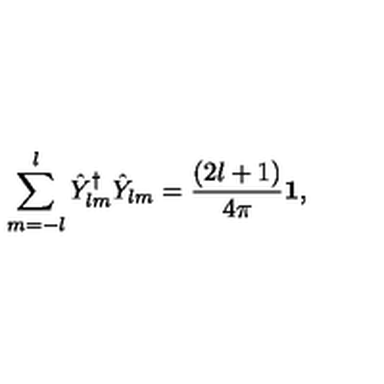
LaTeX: \sum _ { m = - l } ^ { l } \hat { Y } _ { l m } ^ { \dag } \hat { Y } _ { l m } = { \frac { ( 2 l + 1 ) } { 4 \pi } } { \bf 1 } ,